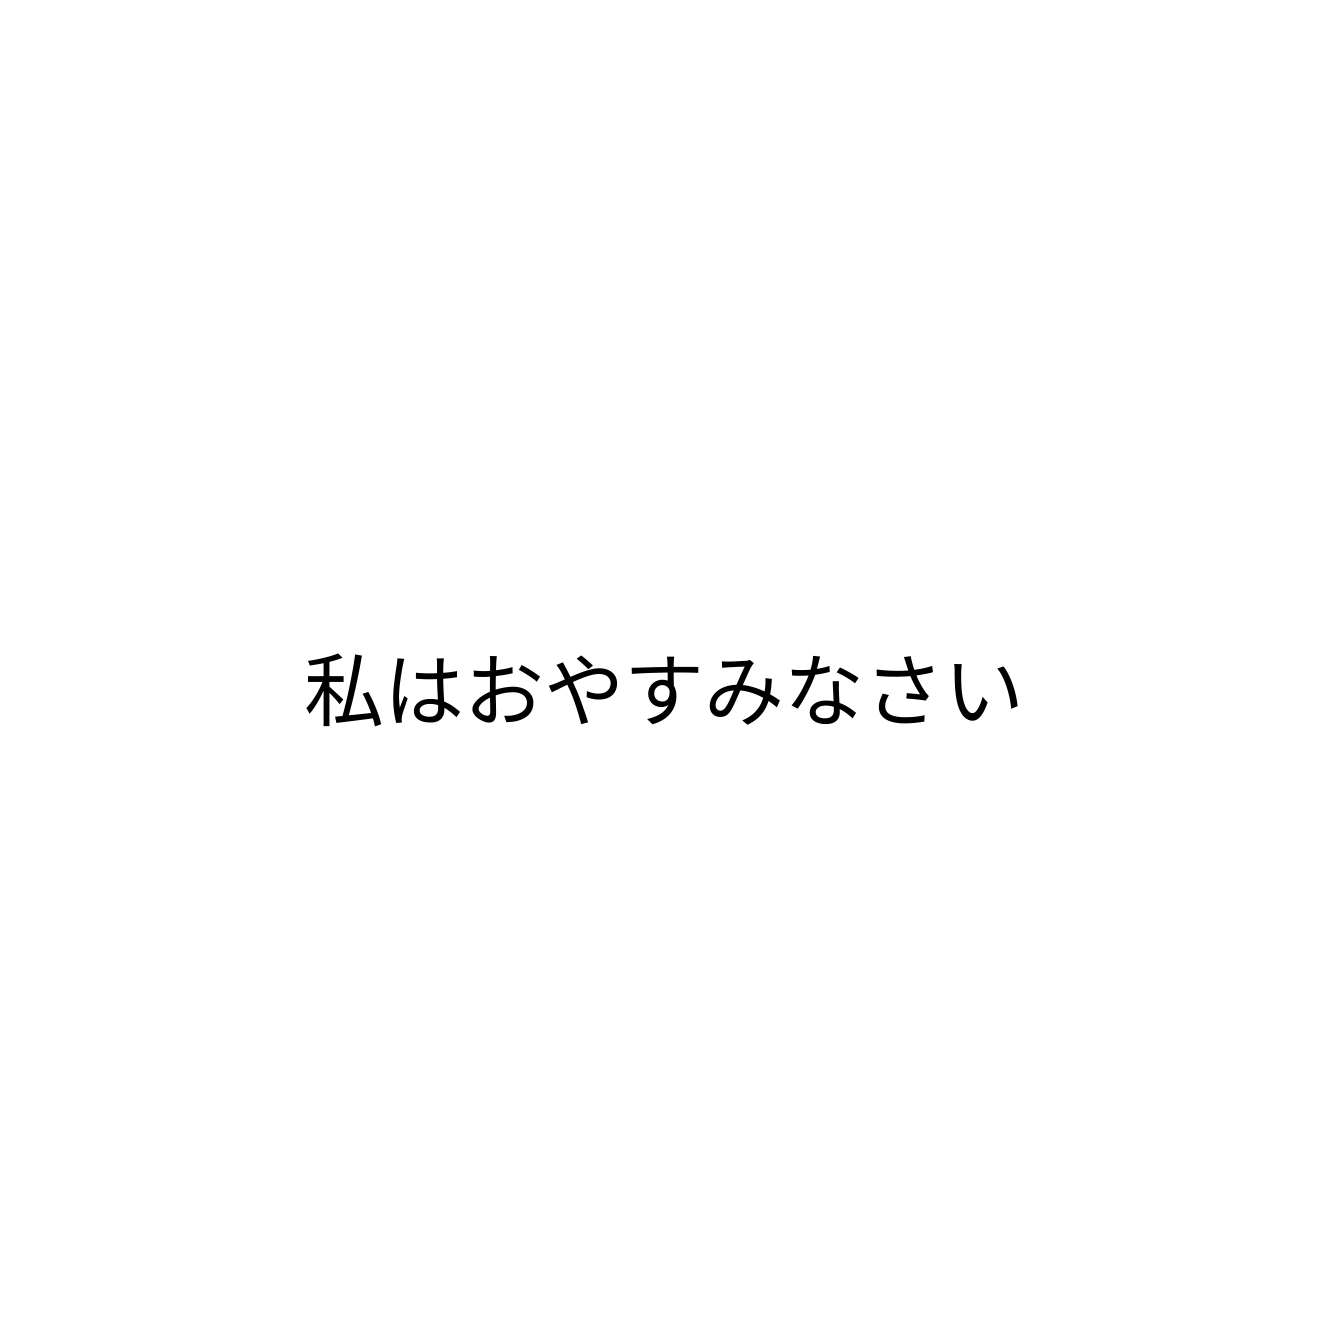
私はおやすみなさい